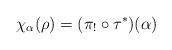
LaTeX: \begin{align*}\chi_\alpha(\rho) = (\pi_! \circ \tau^\ast)(\alpha)\end{align*}